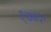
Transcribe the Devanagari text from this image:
१७७३।